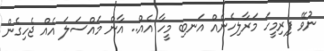
ނުވޭ ފިރިމީހަ މަރާލިހެނެއް އަނބި މީހާ އެއް.. އާން މައްސަލަ އެއް ޖެހިގެން